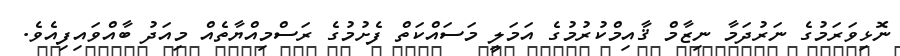
ނޮޅިވަރަމުގެ ނަރުދަމާ ނިޒާމް ޤާއިމްކުރުމުގެ އަމަލީ މަސައްކަތް ފެށުމުގެ ރަސްމިއްޔާތެއް މިއަދު ބާއްވައިފިއެވެ.